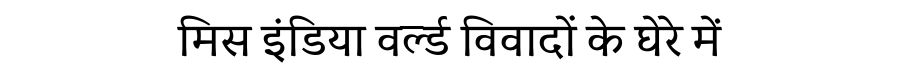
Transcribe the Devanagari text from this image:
मिस इंडिया वर्ल्ड विवादों के घेरे में